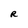
Character: R